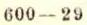
600-29